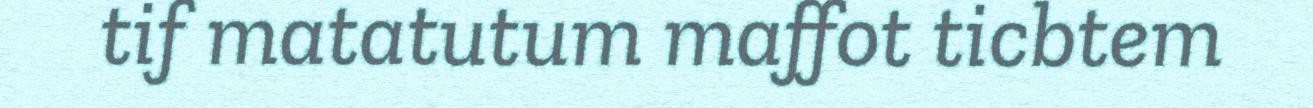
tif matatutum maffot ticbtem